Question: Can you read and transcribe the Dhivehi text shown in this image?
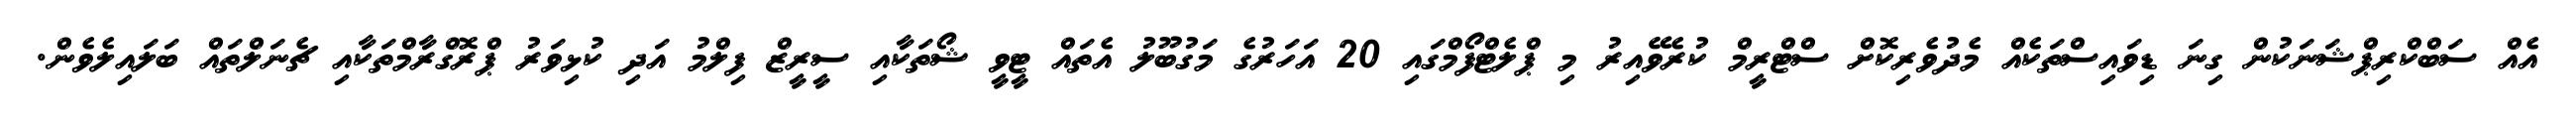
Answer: އެއް ސަބްކްރިޕްޝަނަކުން ގިނަ ޑިވައިސްތަކެއް މެދުވެރިކޮށް ސްޓްރީމް ކުރެވޭއިރު މި ޕްލެޓްފޯމްގައި 20 އަހަރުގެ މަގުބޫލު އެތައް ޓީވީ ޝޯތަކާއި ސީރީޒް ފިލްމު އަދި ކުޅިވަރު ޕްރޮގްރާމްތަކާއި ޗެނަލްތައް ބަލައިލެވެން.